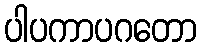
ပါပကာပဂတော